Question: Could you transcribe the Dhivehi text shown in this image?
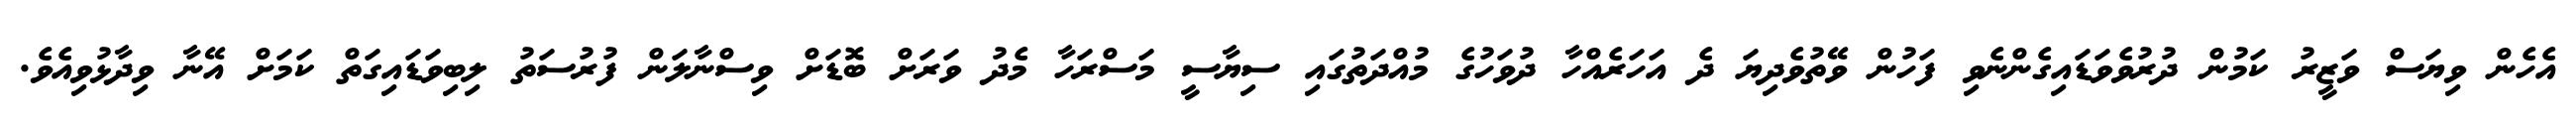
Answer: އެހެން ވިޔަސް ވަޒީރު ކަމުން ދުރުވެވަޑައިގެންނެވި ފަހުން ވޭތުވެދިޔަ ދެ އަހަރެއްހާ ދުވަހުގެ މުއްދަތުގައި ސިޔާސީ މަސްރަހާ މެދު ވަރަށް ބޮޑަށް ވިސްނާލަން ފުރުސަތު ލިބިވަޑައިގަތް ކަމަށް އޭނާ ވިދާޅުވިއެވެ.